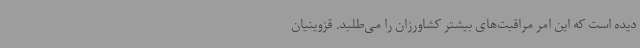
دیده است که این امر مراقبت‌های بیشتر کشاورزان را می‌طلبد. قزوینیان